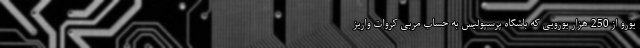
یورو از 250 هزار یورویی که باشگاه پرسپولیس به حساب مربی کروات واریز